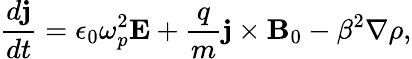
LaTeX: \frac{d\mathbf{j}}{dt}=\epsilon_{0}\omega_{p}^{2}\mathbf{E}+\frac{q}{m}\mathbf{j}\times\mathbf{B}_{0}-\beta^{2}\nabla\rho,